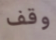
وقف